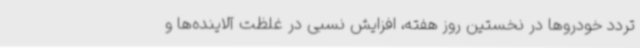
تردد خودروها در نخستین روز هفته، افزایش نسبی در غلظت آلاینده‌ها و